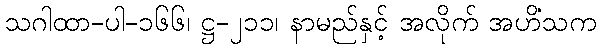
သဂါထာ-ပါ-၁၆၆၊ ဋ္ဌ-၂၁၁၊ နာမည်နှင့် အလိုက် အဟိံသက